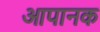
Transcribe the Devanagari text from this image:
आपानक